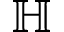
\mathbb { H }